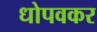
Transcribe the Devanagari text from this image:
धोपवकर